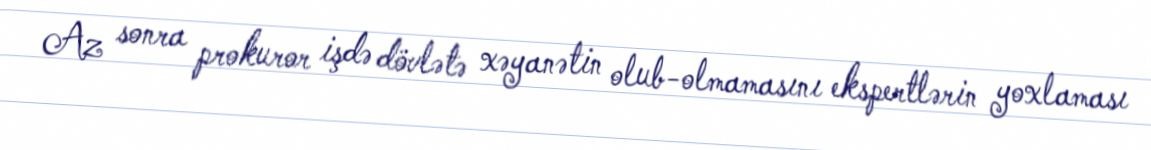
Az sonra prokuror işdə dövlətə xəyanətin olub-olmamasını ekspertlərin yoxlaması